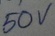
Text: 50V